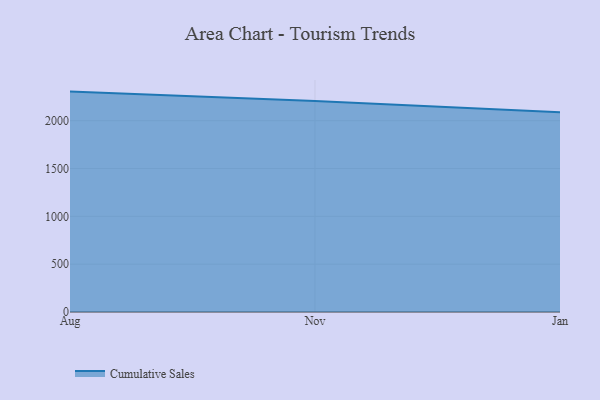
{"axis": {"x": "Month", "y": "Customer Acquisition Cost (USD)"}, "legend": ["Cumulative Sales"], "data": [{"x": "Aug", "y": 2303.8, "type": "Cumulative Sales"}, {"x": "Nov", "y": 2204.4, "type": "Cumulative Sales"}, {"x": "Jan", "y": 2088.9, "type": "Cumulative Sales"}]}